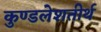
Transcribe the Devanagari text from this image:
कुण्डलेशतीर्थ